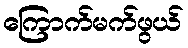
ကြောက်မက်ဖွယ်